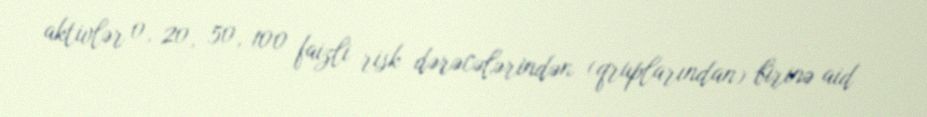
aktivlər 0, 20, 50, 100 faizli risk dərəcələrindən (qruplarından) birinə aid